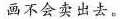
画不会卖出去。